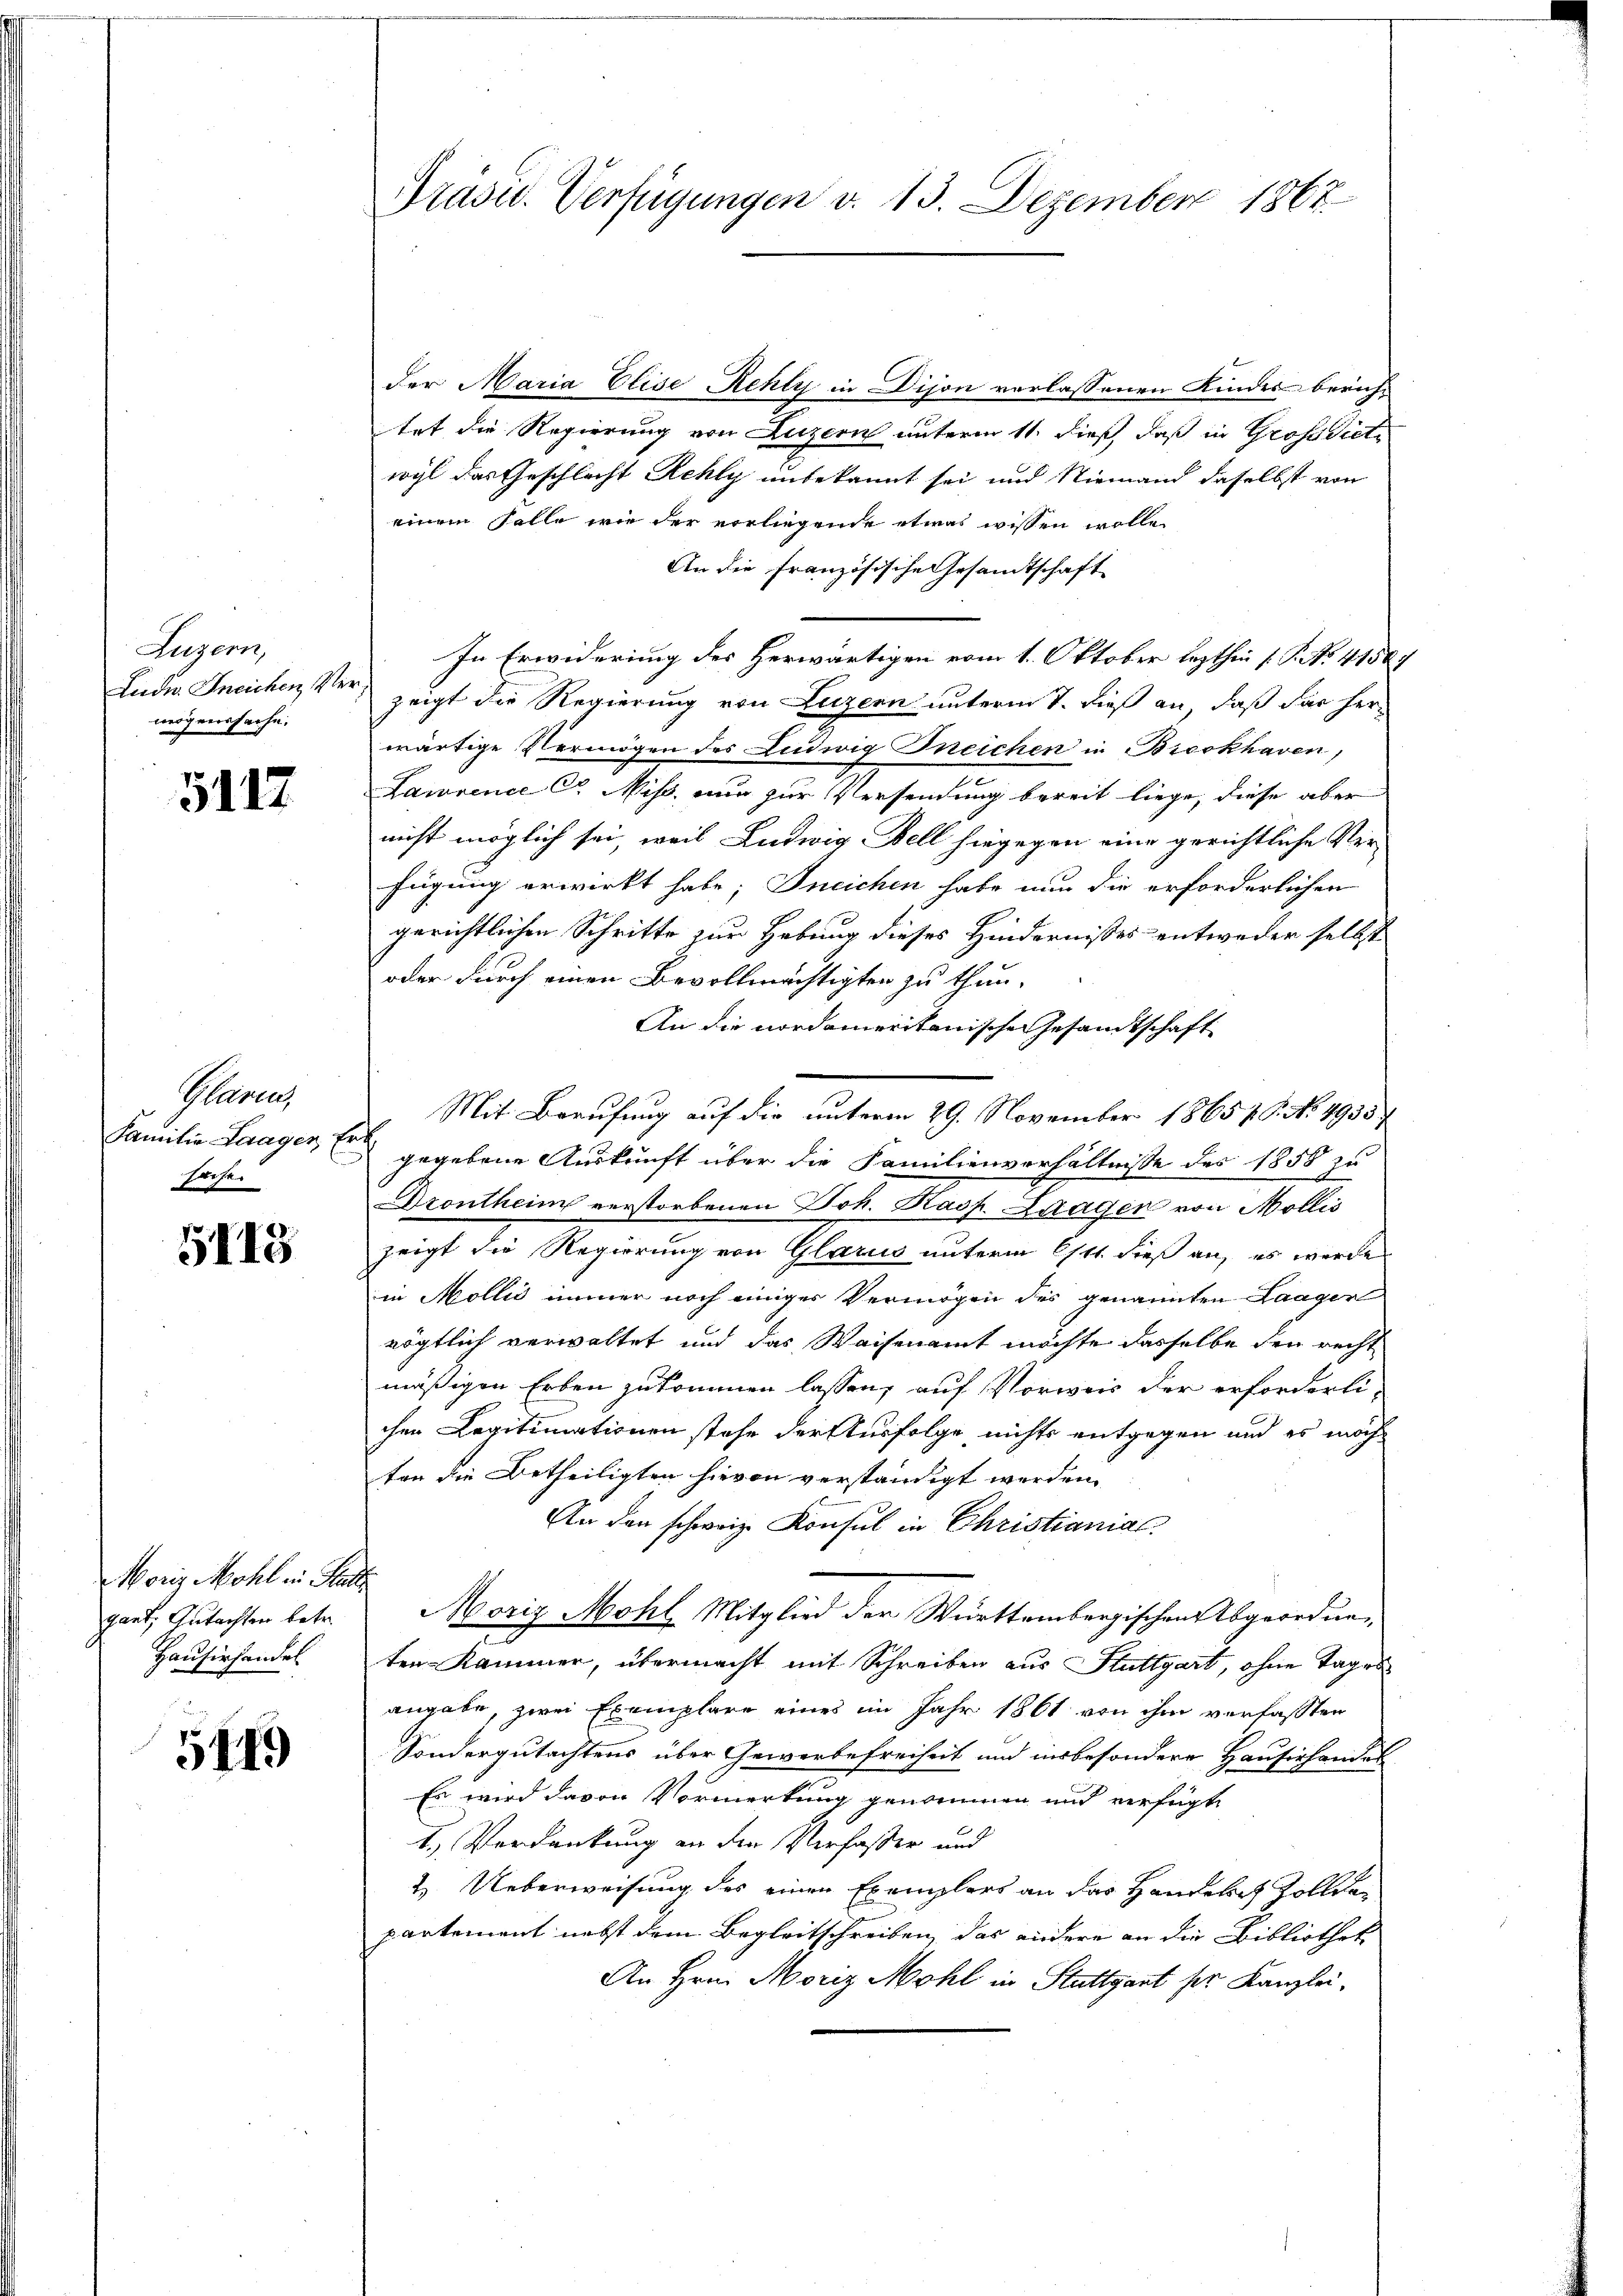
Luzern,
Luder Ineichen Ver
nögenssache.

5117

Paren
Familie Laager, Er
Sicher

5113

Moriz Mohl in Statt,
gant, Gutachter betr.
Hausirhandel

5449

Präsid. Verfügungen v. 13. Dezember 1867

der Maria Elise Rehly in Dijon verlassenen Kindes berich
tet die Regierung von Luzern unterm 11. dieß, daß in Grossdicte
wyl das Geschlecht Rehly unbekannt sei und Niemand daselbst von
einem Falle wie der vorliegende etwas wissen wolle,
An die Französische Gesandtschaft
In Erwiderung des Herwärtigen vom 1. Oktober lezthin 1. P. No. 41589
zeigt die Regierung von Luzern unterm 7. dieß an, daß das herwärtige Vermögen des Ludwig Dneichen in Bicokhaven,
Lawrence C. Miss nur zur Versendung bereit liege, diese aber
nicht möglich sei, weil Ludwig Bell hingegen eine gerichtliche Verfügung erwirkt habe; Ineichen habe nun die erforderlichen
gerichtlichen Schritte zur Hebung dieses Hindernisses entweder selbst
oder durch einen Bevollmächtigten zu thun.
An die nordameritanische Gesandtschaft
Mit Berufung auf die unterm 29. November 1865. 6. No. 4935
gegebene Auskunft über die Familienverhältnisse des 1858 zu
Drontheim verstorbenen Joh. Kasp. Laagen von Mollis
zeigt die Regierung von Glarus unterm Ott dieß an, es werde
in Mollić immer noch einiges Vermögen des genannten Laagen
rögtlich verwaltet und das Waisenamt möchte dasselbe den recht
mäßigen Erben zukommen lassen, auf Vorweis der erforderlichen Legitimationen stehe der Ausfolge nichts entgegen und es möchten die Betheiligten hievon verständigt werden.
An den schweiz. Konsul in Christianial
Moriz Mohl, Mitglied der Württembergischen Abgeordneten-Kammer, übermacht mit Schreiben aus Stuttgart, ohne Tages
angabe, zwei Exemplare eines im Jahr 1861 von ihm verfassten
Sondergutachtens über Gewerbefreiheit und insbesondere Hausirhandel
Es wird davon Vormerkung genommen und verfügt
1.) Verdankung an den Verfasser und
2. Ueberweisung des einen Exemplers an das Handelich Zollde
partement nebst dem Begleitschreiben, das andere an die Bibliothek
An Hrn. Moriz Mohl in Stuttgant ser Kanzlei-